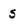
Character: S